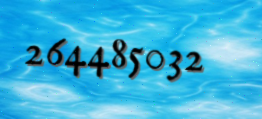
264485032